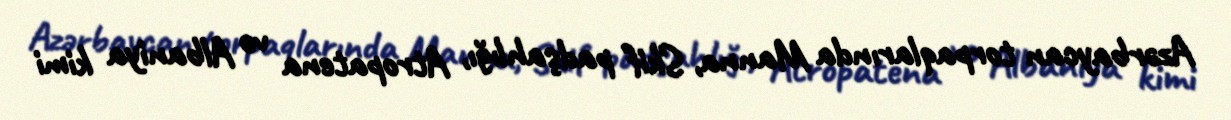
Azərbaycan torpaqlarında Manna, Skif padşahlığı, Atropatena və Albaniya kimi